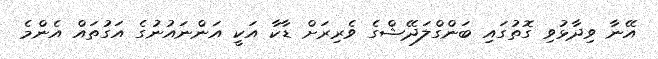
އޭނާ ވިދާޅުވި ގޮތުގައި ބަންގްލަދޭޝްގެ ވެރިރަށް ޑާކާ އަކީ އަންނައުނުގެ އަގުތައް އެންމެ